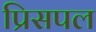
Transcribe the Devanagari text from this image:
प्रिसपल